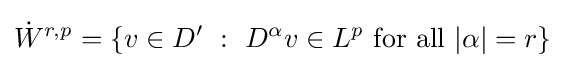
{\dot {W}}^{r,p}=\left\{v\in D'\ :\ D^{\alpha }v\in L^{p}{\text{ for all }}|\alpha |=r\right\}